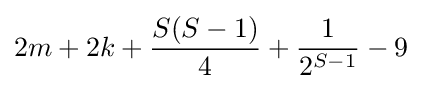
2m+2k+{\frac {S(S-1)}{4}}+{\frac {1}{2^{S-1}}}-9